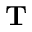
\textbf { T }